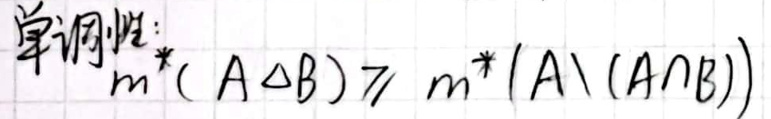
性质：\(m^*(A\Delta B)\geq m^*(A\setminus(A\cap B))\)